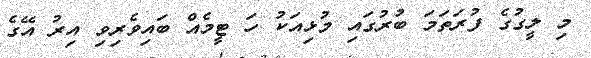
މި ލީގުގެ ފުރަތަމަ ބުރުގައި މުޅިއަކު ހަ ޓީމެއް ބައިވެރިވި އިރު އޭގެ